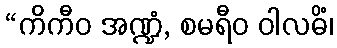
“ကိကီဝ အဏ္ဍံ, စမရီဝ ဝါလဓိံ၊